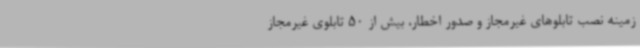
زمینه نصب تابلوهای غیرمجاز و صدور اخطار، بیش از 50 تابلوی غیرمجاز